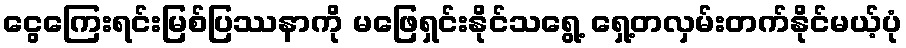
ငွေကြေးရင်းမြစ်ပြဿနာကို မဖြေရှင်းနိုင်သရွေ့ ရှေ့တလှမ်းတက်နိုင်မယ့်ပုံ